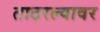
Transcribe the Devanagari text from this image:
ताठरल्यावर